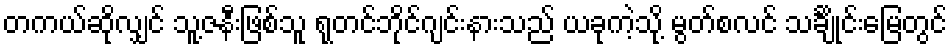
တကယ်ဆိုလျှင် သူ့ဇနီးဖြစ်သူ ရုတင်ဘိုင်ဂျင်းနားသည် ယခုကဲ့သို့ မွတ်စလင် သင်္ချိုင်းမြေတွင်